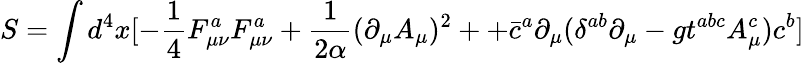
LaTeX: S=\int d^{4}x[-\frac{1}{4}F_{\mu\nu}^{a}F_{\mu\nu}^{a}+\frac{1}{2\alpha}(\partial_{\mu}A_{\mu})^{2}++\bar{c}^{a}\partial_{\mu}(\delta^{ab}\partial_{\mu}-gt^{abc}A_{\mu}^{c})c^{b}]